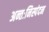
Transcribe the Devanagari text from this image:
अन्तःनिस्पंदन